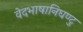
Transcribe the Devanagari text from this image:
वेदभाषानिघण्टु